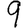
Digit: 9